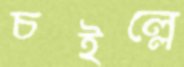
চইল্লে